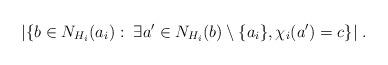
LaTeX: \begin{align*}|\{b\in N_{H_i}(a_i):\;\exists a'\in N_{H_i}(b)\setminus\{a_i\},\chi_i(a')=c\}|\;.\end{align*}